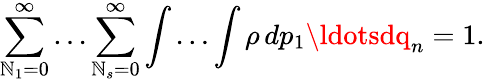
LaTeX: \sum_{\mathbb{N}_{1}=0}^{\infty}\ldots\sum_{\mathbb{N}_{s}=0}^{\infty}\int\ldots\int\rho\, dp_{1}\ldotsdq_{n}=1.